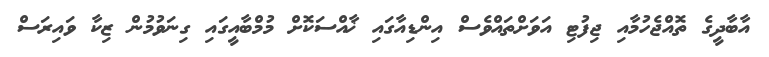
އާބާދީގެ ތޮއްޖެހުމާއި ޖިފުޓި އަވަށްތައްވެސް އިންޑިއާގައި ޚާއްސަކޮށް މުމްބާއީގައި ގިނަވުމުން ޒިކާ ވައިރަސް